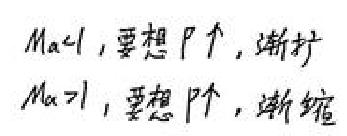
Ma<1，要想F\uparrow，渐扩

Ma>1，要想F\uparrow，渐缩